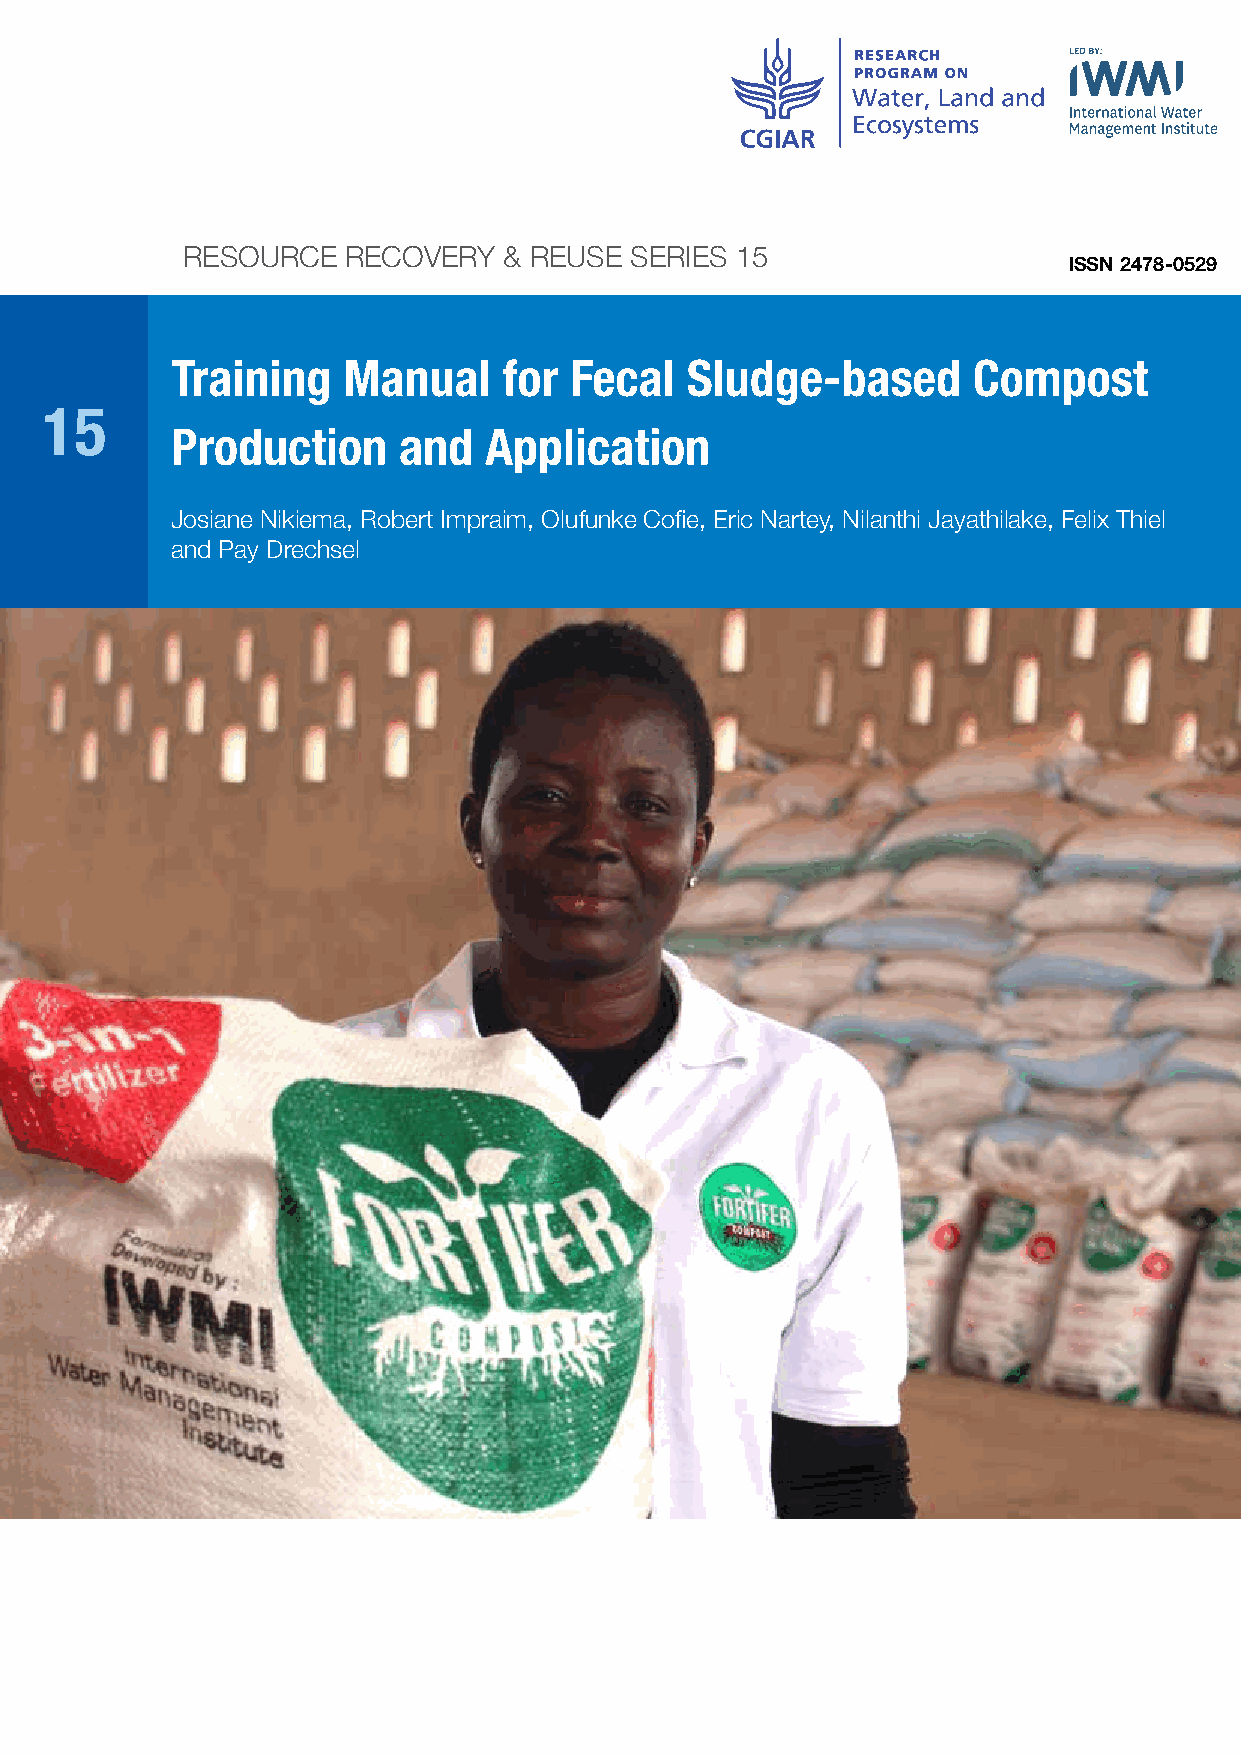
RESOURCE   RECOVERY  & REUSE  SERIES 15
 ISSN 2478-0529
 15
 Josiane Nikiema, Robert Impraim, Olufunke Cofie, Eric Nartey, Nilanthi Jayathilake, Felix Thiel
 and Pay Drechsel